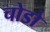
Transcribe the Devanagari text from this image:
चोडो